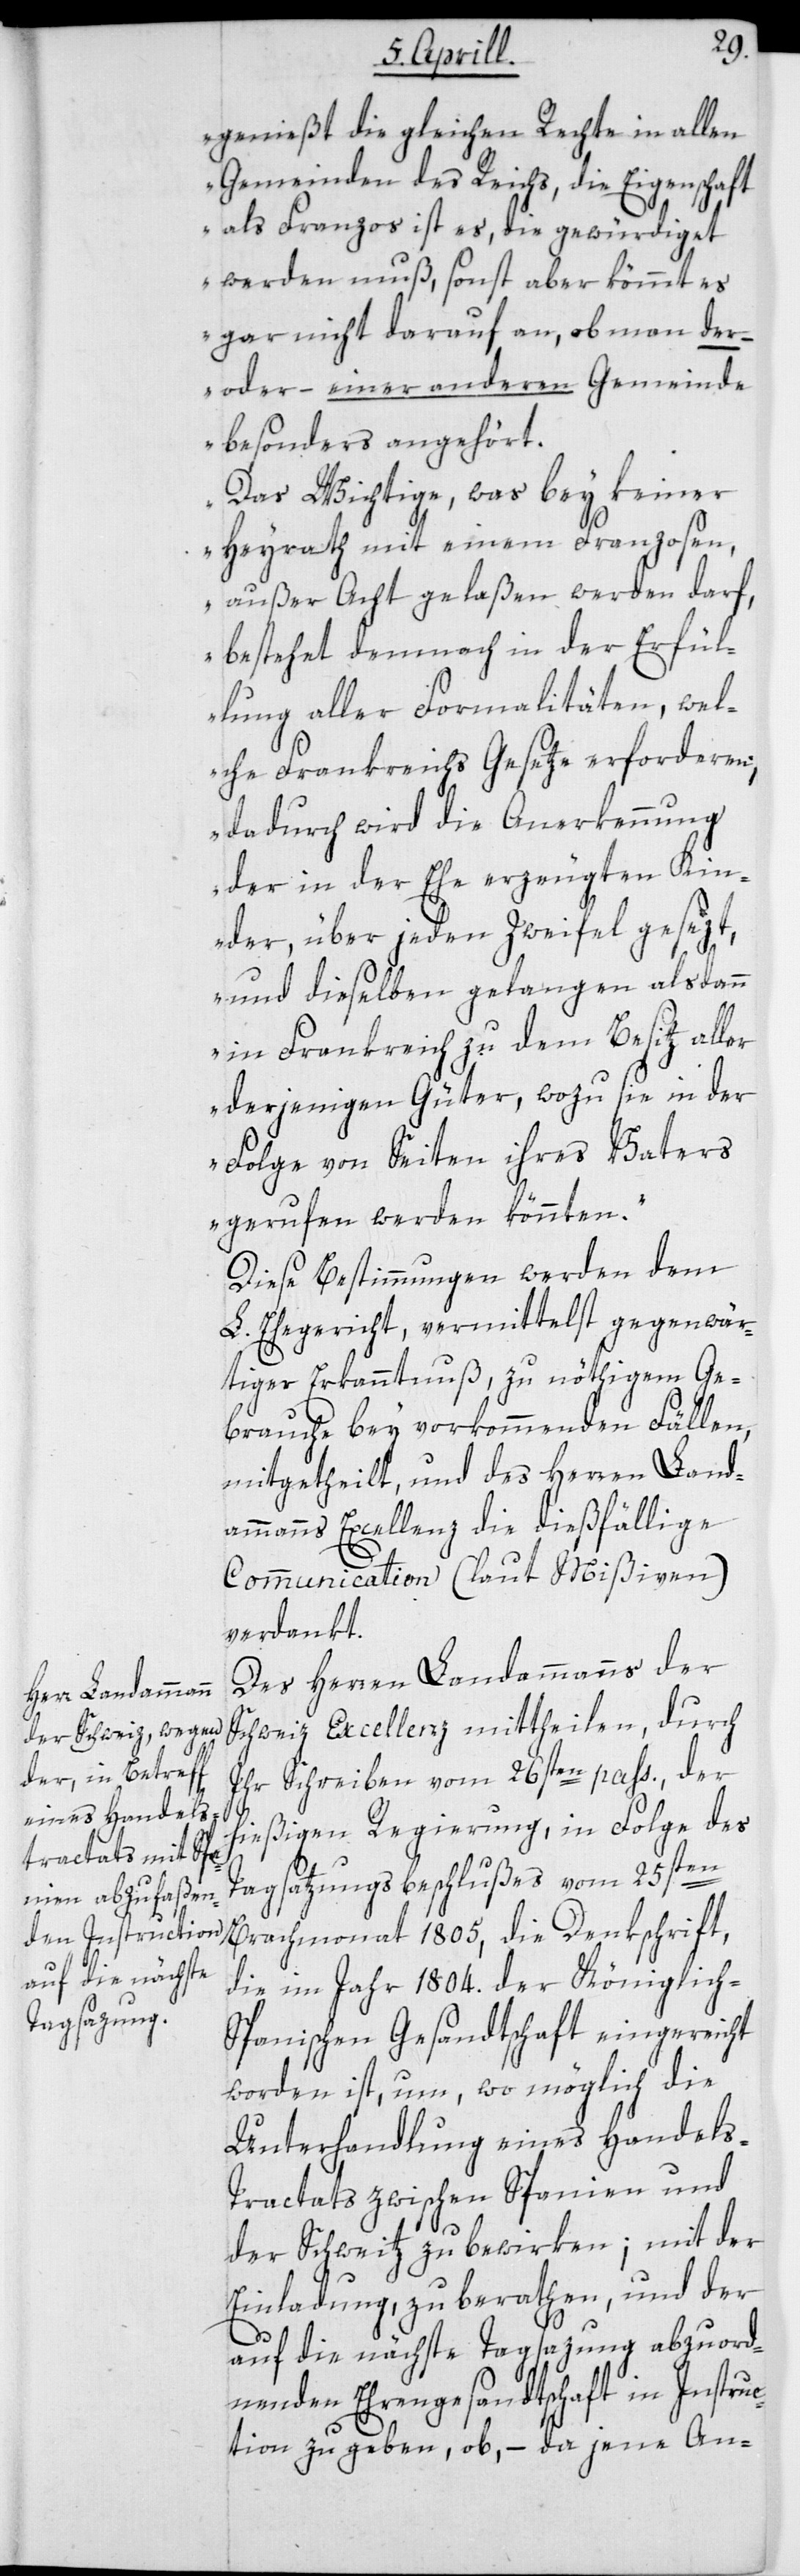
genießt die gleichen Rechte in allen
Gemeinden des Reichs, die Eigenschaft
als Franzos ist es, die gewürdiget
werden muß, sonst aber kömmt es
gar nicht darauf an, ob man der
–oder – einer anderen Gemeinde
besonders angehört.
Das Wichtige, was bey keiner
Heyrath mit einem Franzosen
außer Acht gelaßen werden darf,
bestehet demnach in der Erfül¬
lung aller Formalitäten, wel¬
che Frankreichs Gesetze erforderen;
dadurch wird die Anerkennung
der in der Ehe erzeugten Kin¬
der, über jeden Zweifel gesezt,
und dieselben gelangen alsdann
in Frankreich zu dem Besitz aller
derjenigen Güter, wozu sie in der
Folge von Seiten ihres Vaters
gerufen werden könnten“.
Diese Bestimmungen werden dem
L. Ehegericht, vermittelst gegenwär¬
tiger Erkanntnuß, zu nöthigem Ge¬
brauche bey vorkommenden Fällen,
mitgetheilt, und des Herren Land¬
ammanns Excellenz die dießfällige
Communication (laut Mißiven)
verdankt.
Des Herren Landammanns der
Schweiz Excellenz mittheilen, durch
Ihr Schreiben vom 26sten pass., der
hießigen Regierung, in Folge des
Tagsatzungsbeschlußes vom 25sten
Brachmonat 1805, die Denkschrift,
die im Jahr 1804. der Königlich-S¬
panischen Gesandtschaft eingereicht
worden ist, um wo möglich die
Unterhandlung eines Handel¬
s-Tractats zwischen Spanien und
der Schweitz zu bewirken; mit der
Einladung, zu berathen, und der
auf die nächste Tagsazung abzuord¬
nenden Ehrengesandtschaft in Instruc¬
tion zu geben, ob, – da jene An-